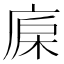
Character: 𣒷